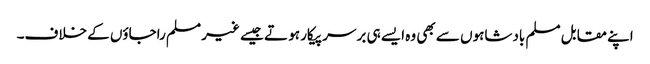
اپنے مقابل مسلم بادشاہوں سے بھی وہ ایسے ہی برسر پیکار ہو تے جیسے غیر مسلم راجاؤں کے خلاف۔